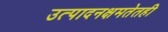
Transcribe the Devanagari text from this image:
उत्पादनक्षमतेतही